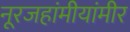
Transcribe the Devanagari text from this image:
नूरजहांमीयांमीर